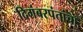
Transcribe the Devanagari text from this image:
दिगंबरपंतांचा